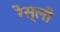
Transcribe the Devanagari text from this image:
रेस्ली